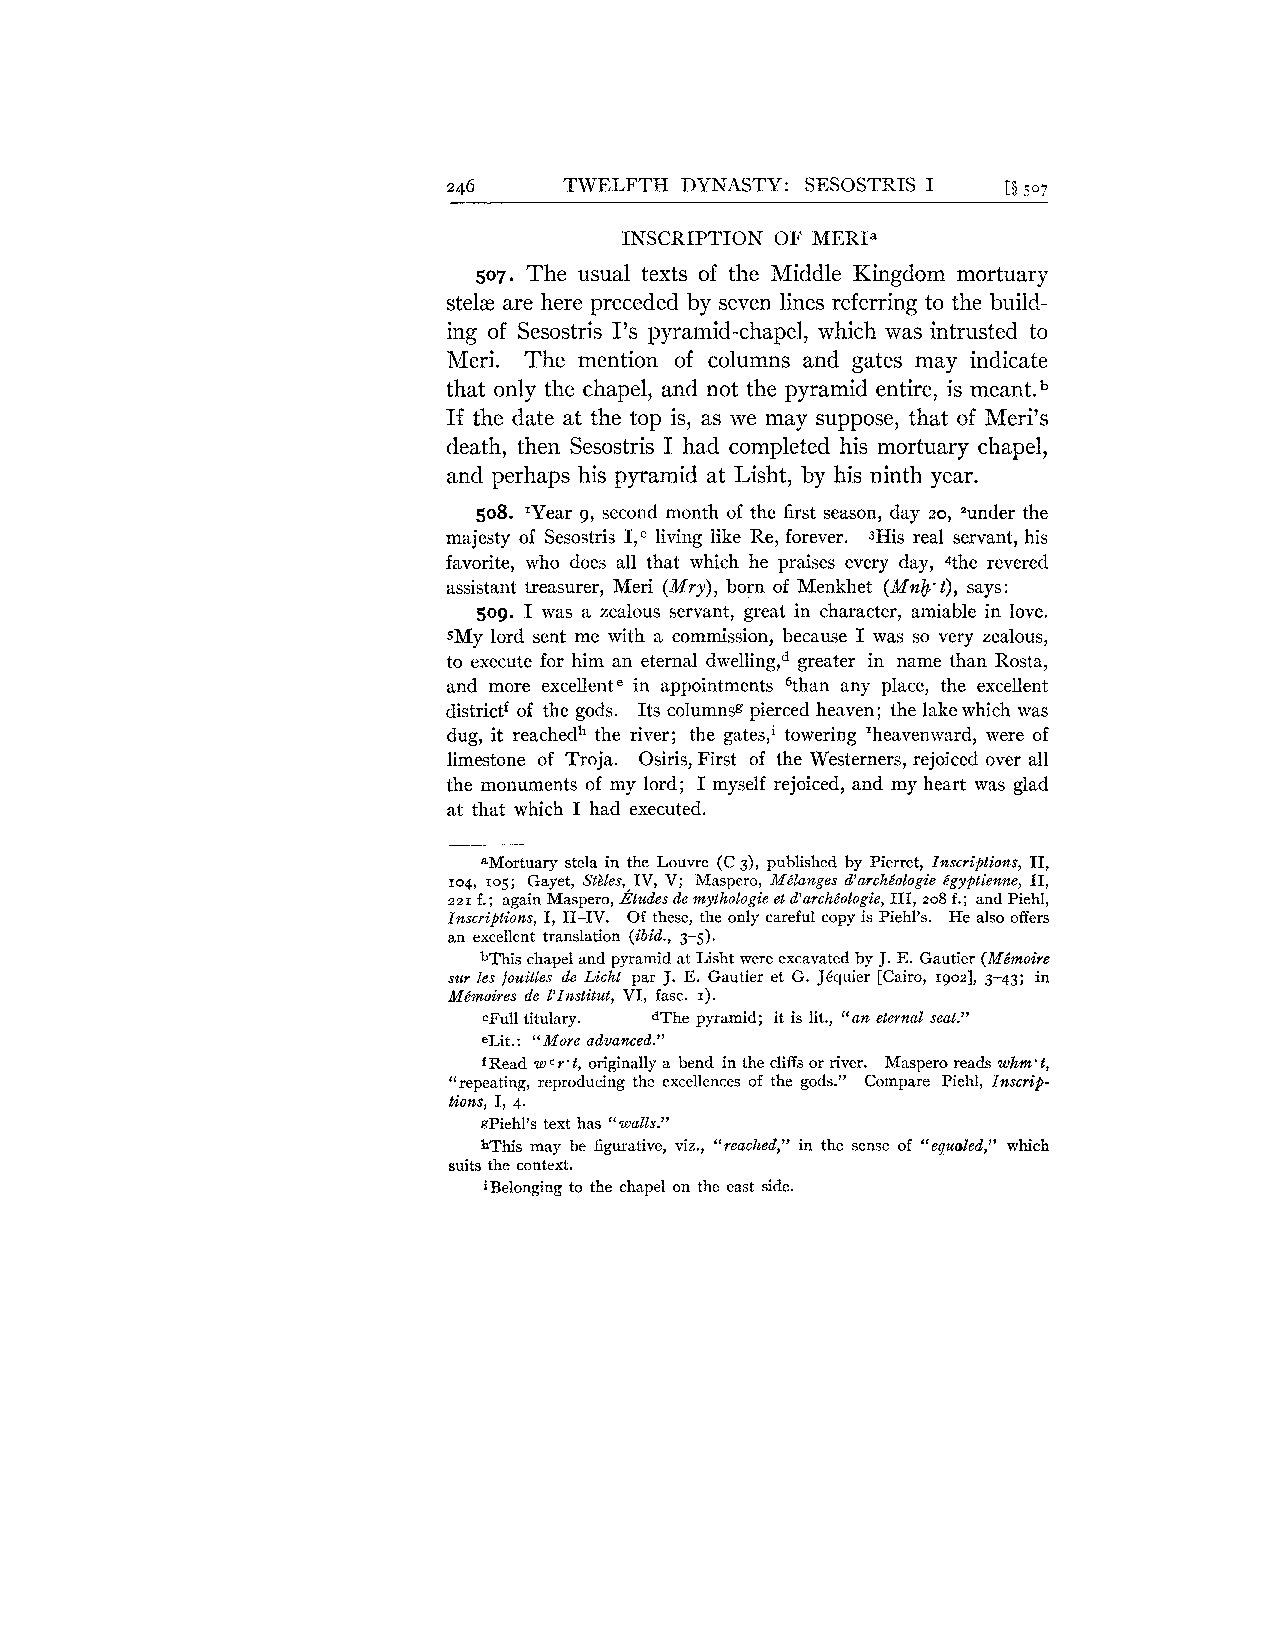
246    TWELFTH DYNASTY: SESOSTRIS I  [$so7
 INSCRIPTION OF MERIa
 507. The usual texts of the Middle Kingdom mortuary
 stel~ar e here preceded by seven lines referring to the build-
 ing of Sesostris 1's pyramid-chapel, which was intrusted to
 Meri. The mention of columns and gates may indicate
 that only the chapel, and not the pyramid entire, is meant.
 If the date at the top is, as we may suppose, that of Meri7s
 death, then Sesostris I had completed his mortuary chapel,
 and perhaps his pyramid at Lisht, by his ninth year.
 508. 'Year 9, second month of the first season, day 20, =under the
 majesty of Sesostris I,Cl iving like Re, forever. 3His real servant, his
 favorite, who does all that which he praises every day, 4the revered
 assistant treasurer, Meri (Mry), born of Menkhet (Mnb't), says:
 509. 1 was a zealous servant, great in character, amiable in love.
 sMy lord sent me with a commission, because I was so very zealous,
 to execute for him an eternal d~ellingg,~re ater in name than Rosta,
 and more excellente in appointments %ban any place, the excellent
 districtf of the gods. Its columnsg pierced heaven; the lake which was
 dug, it reachedh the river; the gates,i towering 'heavenward, were of
 limestone of Troja. Osiris, First of the Westerners, rejoiced over all
 the monuments of my lord; I myself rejoiced, and my heart was glad
 at that which I had executed.
 aMortuary stela in the Louvre (C 3), published by Pierret, Inscriptions, 11,
 104, 105; Gayet, StBles,,IV, V; Maspero, Mdlanges d'archdologie e'gyptienne, 11,
 221 f.; again Maspero, Etudes de mythologie et d'arche'ologie, 111, 208 f.; and Piehl,
 Inscriptions, I, 11-IV. Of these, the only careful copy is Piehl's. He also offers
 an excellent translation (ibid., 3-5).
 bThis chapel and pyramid at Lisht were excavated by J. E. Gautier (Mgmoire
 sur les fouilles de Licht par J. E. Gautier et G. JCquier [Cairo, rgoz], 3-43; in
 Mimoires de I'Institut, VI, fasc. I).
 cFull titulary. dThe pyramid; it is lit., "an eternal seat."
 eLit. : "More advanced."
 f Read w c r. t, originally a bend in the cliffs or river. Maspero reads whm' t,
 "repeating, reproducing the excellences of the gods." Compare Piehl, Inscrip-
 tions, I, 4.
 gpiehl's text has "walls."
 hThis may be figurative, viz., "reached," in the sense of "equoled," which
 suits the context.
 iBelonging to the chapel on the east side.